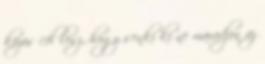
közös cél lesz, hogy senki ki ne maradjon az